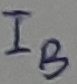
Text: IB